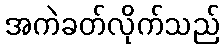
အကဲခတ်လိုက်သည်